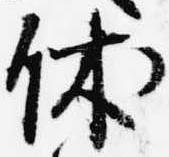
休